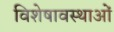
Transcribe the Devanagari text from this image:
विशेषावस्थाओं